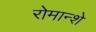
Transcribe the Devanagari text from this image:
रोमान्शे